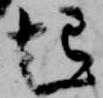
起